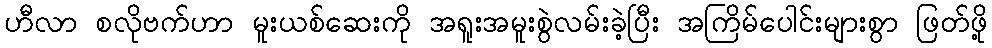
ဟီလာ စလိုဗက်ဟာ မူးယစ်ဆေးကို အရူးအမူးစွဲလမ်းခဲ့ပြီး အကြိမ်ပေါင်းများစွာ ဖြတ်ဖို့